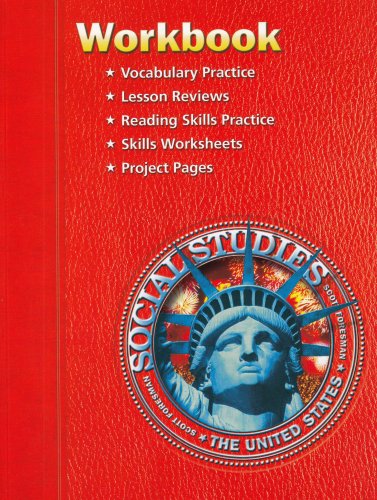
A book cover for SS05 WORKBOOK GRADE 5 THE UNITED STATES; Scott Foresman; Children's Books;